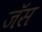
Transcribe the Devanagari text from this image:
जॅस